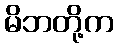
မိဘတို့က